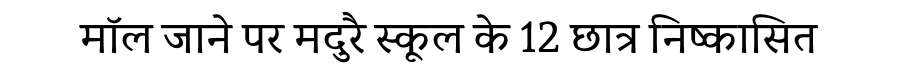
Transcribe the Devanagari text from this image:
मॉल जाने पर मदुरै स्कूल के 12 छात्र निष्कासित